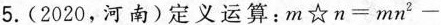
5. (2020，河南)定义运算：$$ m ☆ n =m n^{2} - $$